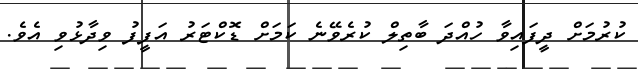
ކުރުމަށް ދީފައިވާ ހުއްދަ ބާތިލް ކުރެވޭނެ ކަމަށް ޑޮކްޓަރު އަފީފު ވިދާޅުވި އެވެ.